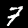
Digit: 7